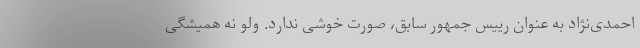
احمدی‌نژاد به عنوان رییس جمهور سابق، صورت خوشی ندارد. ولو نه همیشگی